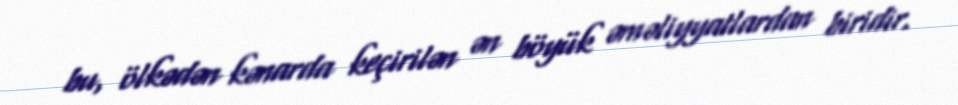
bu, ölkədən kənarda keçirilən ən böyük əməliyyatlardan biridir.